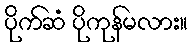
ပိုက်ဆံ ပိုကုန်မလား။